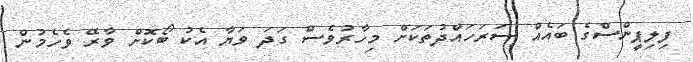
ފިލިޕީންސްގެ ބައެއް ސަރަހައްދުތަކަށް މިހާރުވެސް ގަދަ ވަޔާ އެކު ބޯކޮށް ވާރޭ ވެހެމުން